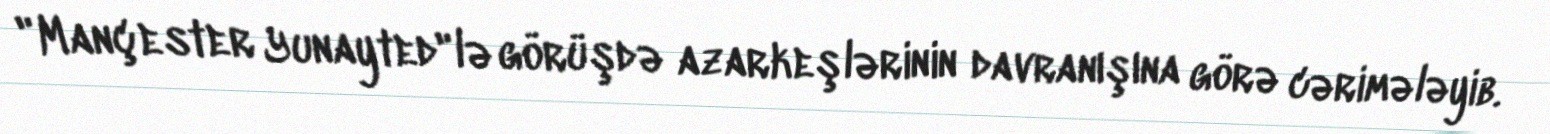
"Mançester Yunayted"lə görüşdə azarkeşlərinin davranışına görə cərimələyib.